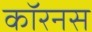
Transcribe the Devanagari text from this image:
कॉरनस